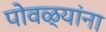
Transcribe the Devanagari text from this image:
पोवळ्यांना